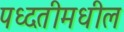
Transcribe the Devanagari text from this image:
पध्दतीमधील